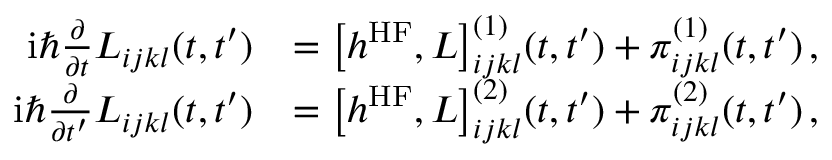
\begin{array} { r l } { \mathrm { i } \hbar \frac { \partial } { \partial t } L _ { i j k l } ( t , t ^ { \prime } ) } & { = \big [ h ^ { \mathrm { H F } } , L \big ] _ { i j k l } ^ { ( 1 ) } ( t , t ^ { \prime } ) + \pi _ { i j k l } ^ { ( 1 ) } ( t , t ^ { \prime } ) \, , \; } \\ { \mathrm { i } \hbar \frac { \partial } { \partial t ^ { \prime } } L _ { i j k l } ( t , t ^ { \prime } ) } & { = \big [ h ^ { \mathrm { H F } } , L \big ] _ { i j k l } ^ { ( 2 ) } ( t , t ^ { \prime } ) + \pi _ { i j k l } ^ { ( 2 ) } ( t , t ^ { \prime } ) \, , \; \: } \end{array}